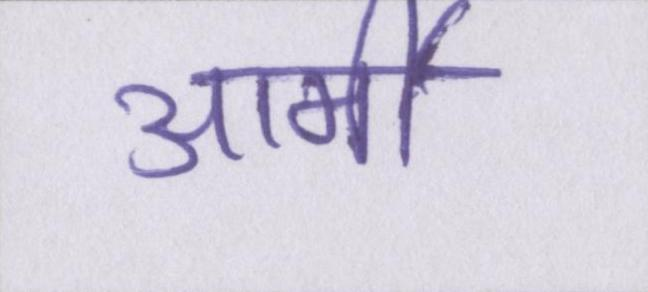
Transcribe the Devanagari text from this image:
आर्मी